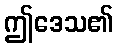
ဤဒေသ၏